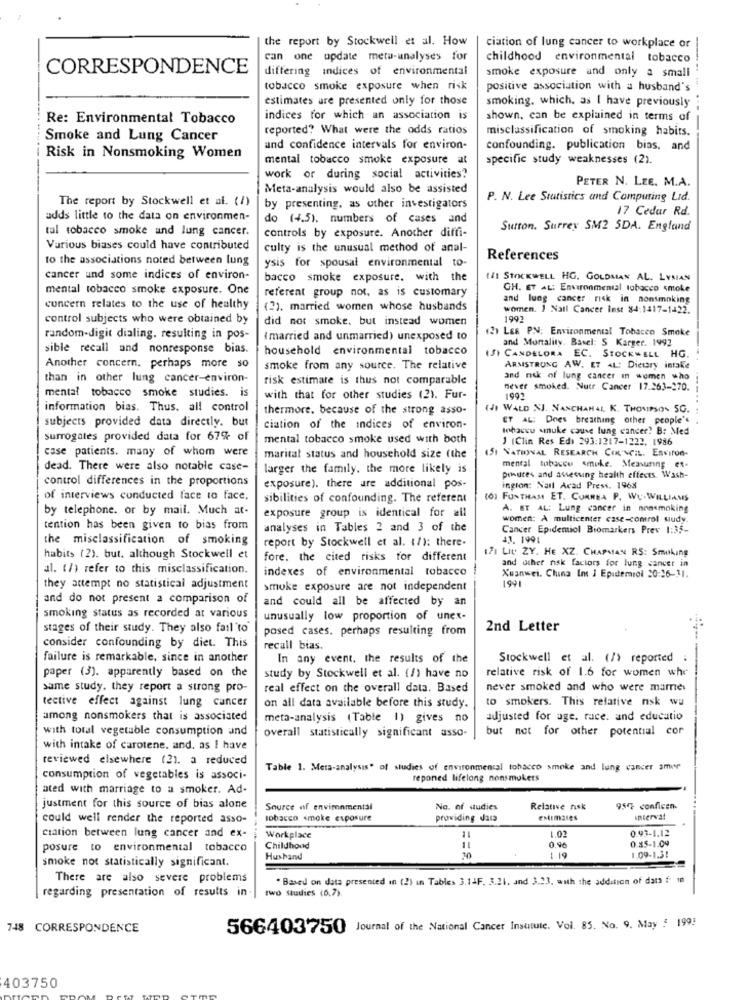
the report by Stockwell et al. How
ciation of lung cancer to workplace or
can one update metu-analyses for
childhood environmental tobacco
CORRESPONDENCE
differing indices of environmental
smoke exposure and only a small
tobacco smoke exposure when risk
positive association with a husband's
estimates are presented only for those
smoking, which, as I have previously
Re: Environmental Tobacco
indices for which an association is
shown, can be explained in terms of
reported? What were the odds ratios
misclassification of smoking habits.
Smoke and Lung Cancer
and confidence intervals for environ-
confounding. publication bias, and
Risk in Nonsmoking Women
mental tobacco smoke exposure at
specific study weaknesses (2).
work or during social activities?
PETER N. LEE. M.A.
Meta-analysis would also be assisted
The report by Stockwell et al. (1)
P. N. Lee Statistics and Computing Lid.
by presenting, as other investigators
17 Cedar Rd.
adds little to the data on environmen-
do (4.5). numbers of cases and
tal tobacco smoke and lung cancer.
controls by exposure. Another diffi-
Sutton. Surrey SM2 SDA. England
Various biases could have contributed
culty is the unusual method of anal-
to the associations noted between lung
References
ysis for spousal environmental to-
cancer und some indices of environ-
bacco smoke exposure. with the
11 STOCKWELL HG. GOLDMAN AL. LYSIAN
mental tobacco smoke exposure. One
referent group not, as is customary
GH. ET AL: Environmental tobacco smoke
and lung cancer risk in nonsmoking
concern relates to the use of healthy
(2). married women whose husbands
women. I Natl Cancer Inst 84:1417-1422.
control subjects who were obtained by
did not smoke, but instead women
1992
(3) Les PN: Environmental Tobacco Smoke
random-digit dialing. resulting in pos-
( married and unmarried) unexposed to
and Mortality, Basel: S Karger. 1992
sible recall and nonresponse bias.
household environmental tobacco
ISI CANDELORA EC. STOCKWELL HG.
Another concern. perhaps more so
smoke from any source. The relative
ARMSTRONG AW. ET AL: Dietary intake
than in other lung cancer-environ-
risk estimate is thus not comparable
and risk of lung cancer in women who
mental tobacco smoke studies. is
never smoked. Nutr Cancer 17.263-270.
---
with that for other studies (2). Fur-
information bias. Thus. all control
thermore. because of the strong asso-
( WALD NJ. NANCHAHAL, K. THOMPSON SG.
subjects provided data directly. but
ET AL: Dnes breathing other people's
ciation of the indices of environ-
tobacco smuke cause lung cancer? B: Med
surrogates provided data for 67% of
mental tobacco smoke used with both
1 (Clin Res Ed) 293:1217-1222, 1986
case patients. many of whom were
451 NATIONAL RESEARCH COUNCIL. Environ-
marital status and household size (the
dead. There were also notable case-
larger the family, the more likely is
mental tobacco smuke. Measuring ex.
control differences in the proportions
poures and assessing health effects. Wash-
exposure). there are additional pos-
ington: Nail Acad Press. 1968
of interviews conducted face to face.
sibilities of confounding. The referent
0) FUNTHAM ET. CORREA P. WU.WILLIAMS
by telephone. or by mail. Much at-
exposure group is identical for all
A. BT AL: Lung cancer in nonsmoking
women: A multicenter case-control study.
tention has been given to bias from
analyses in Tables 2 and 3 of the
Cancer Epidemiol Biomarkers Prev 1:35-
the misclassification of smoking
report by Stockwell et al. (1): there.
17. 1991
171 LIv ZY. HE XZ. CHAPMAN RS: Smoking
habits (2). but. although Stockwell et
fore. the cited risks for different
and other risk factors for lung cancer in
al. (/) refer to this misclassification.
indexes of environmental tobacco
Xuanwei. China Ins J Eputerrol 30:26-31.
1991
they attempt no statistical adjustment
smoke exposure are not independent
and do not present a comparison of
and could all be affected by an
smoking status as recorded at various
unusually low proportion of unex-
stages of their study. They also fail "to
posed cases. perhaps resulting from
2nd Letter
consider confounding by diet. This
recall bias.
failure is remarkable, since in another
In any event. the results of the
Stockwell et al. (/> reported
paper (3). apparently based on the
relative risk of 1.6 for women whe
study by Stockwell et al. (1) have no
same study. they report a strong pro-
real effect on the overall data. Based
never smoked and who were marre
tective effect against lung cancer
to smokers. This relative nsk wa
on all data available before this study.
among nonsmokers that is associated
meta-analysis (Table 1) gives no
adjusted for age. race. and educatio
with total vegetable consumption and
overall statistically significant asso-
but not for other potential cor
with intake of carotene. and, as I have
reviewed elsewhere (21. a reduced
Table 1. Meta-analysis" of studies of environmental tobacco smoke and lung cancer amer
consumption of vegetables is associ-
reponed lifelong nonsmokers
ated with marriage to a smoker. Ad-
justment for this source of bias alone
Source of environmental
No. of audies
Relative nsk
95% conficen.
could well render the reported asso-
tobacco smoke exposure
providing data
Interval
1.02
0.93-1.12
ciation between lung cancer and ex-
Workplace
11
0.85-1.04
posure to environmental tobacco
Childhood
11
0.96
smoke not statistically significant.
Hushand
1 19
1.09-1.31
There are also severe problems
. Based on data presented in (2) in Tables 3.14F. 3.21. and 3.23, with the addition of dar f- 10
regarding presentation of results in
two Studies (6,7).
748 CORRESPONDENCE
566403750 Journal of the National Cancer Institute. Vol. 85. No. 9. May # 199!
403750